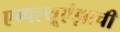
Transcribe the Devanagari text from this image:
एन्फ्ल्यूएंझाची